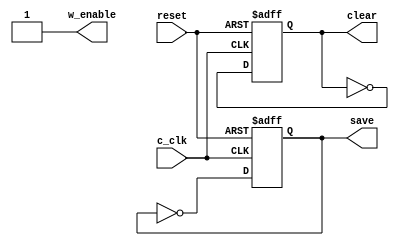
`timescale 1ns/1ps

module control_s(c_clk,reset,w_enable,clear,save);
  input c_clk,reset;
  output w_enable,clear,save;
  reg w_enable1;
  reg clear1;
  reg save1;

  
  assign w_enable=w_enable1;
  assign clear=clear1;
  assign save=save1;
  
  initial
  begin
   w_enable1<=1'b1;
   clear1<=1'b0;
   save1<=1'b0;
  end

  
  always@(posedge c_clk,negedge reset)
  begin
    if(~reset)
      begin
        clear1<=1'b0;
        save1<=1'b0;
      end
    else
      begin
       save1<=~save1;
       #0.5
       clear1<=~clear1;
     end
  end
  
endmodule